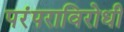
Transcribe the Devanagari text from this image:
परंपराविरोधी